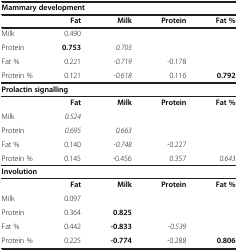
| <COLSPAN=3> Mammary development |  |  |
 |  | Fat | Milk | Protein | Fat % |
 | --- | --- | --- | --- | --- |
 | Milk | 0.490 |  |  |  |
 | Protein | 0.753 | 0.703 |  |  |
 | Fat % | 0.221 | -0.719 | -0.178 |  |
 | Protein % | 0.121 | -0.618 | 0.116 | 0.792 |
 | <COLSPAN=3> Prolactin signalling |  |  |
 |  | Fat | Milk | Protein | Fat % |
 | Milk | 0.524 |  |  |  |
 | Protein | 0.695 | 0.663 |  |  |
 | Fat % | 0.140 | -0.748 | -0.227 |  |
 | Protein % | 0.145 | -0.456 | 0.357 | 0.643 |
 | <COLSPAN=2> Involution |  |  |  |
 |  | Fat | Milk | Protein | Fat % |
 | Milk | 0.097 |  |  |  |
 | Protein | 0.364 | 0.825 |  |  |
 | Fat % | 0.442 | -0.833 | -0.539 |  |
 | Protein % | 0.225 | -0.774 | -0.288 | 0.806 |